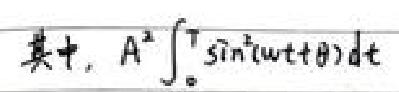
其中, $A^{2}\int _{0}^{T}\sin ^{2}(\omega t+\theta )dt$